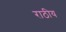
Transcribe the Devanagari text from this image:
राठीय